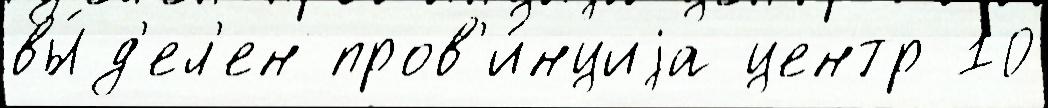
вы́д'ел'ен пров'и́нциjа центр 10